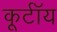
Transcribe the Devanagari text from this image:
कूर्टॉय